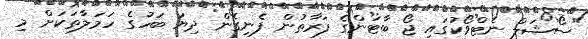
"ސޯޝަލް ނެޓްވޯކުގައި ޖޯ ބާޓަންގެ ފަރާތުން ފެނިގެން ދިޔަ ބަހުގެ ހަމަލާތަކަށް މި